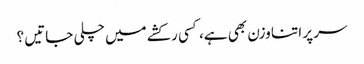
سر پر اتنا وزن بھی ہے، کسی رکشے میں چلی جاتیں ؟